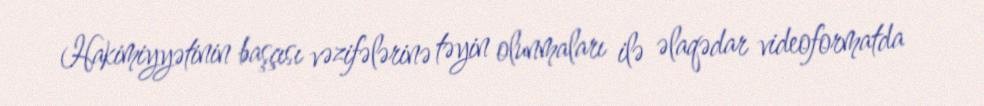
Hakimiyyətinin başçısı vəzifələrinə təyin olunmaları ilə əlaqədar videoformatda